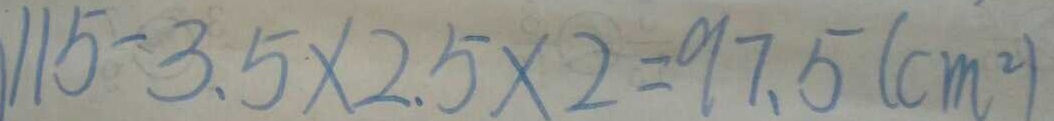
1 1 5 - 3 . 5 \times 2 . 5 \times 2 = 9 7 . 5 ( c m ^ { 2 } )